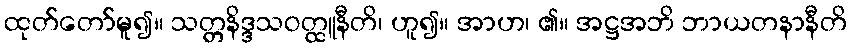
ထုတ်တော်မူ၍။ သတ္တနိဒ္ဒသဝတ္ထူနီတိ၊ ဟူ၍။ အာဟ၊ ၏။ အဋ္ဌအဘိ ဘာယတနာနီတိ